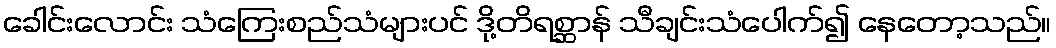
ခေါင်းလောင်း သံကြေးစည်သံများပင် ဒို့တိရစ္ဆာန် သီချင်းသံပေါက်၍ နေတော့သည်။